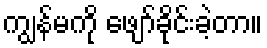
ကျွန်မကို ဖျော်ခိုင်းခဲ့တာ။